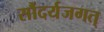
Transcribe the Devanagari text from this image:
सौंदर्यजगत्